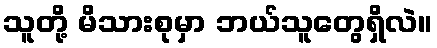
သူတို့ မိသားစုမှာ ဘယ်သူတွေရှိလဲ။